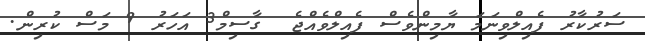
ސަރުކާރު ފެއިލްވިނަމަ ޔާމިންވެސް ފެއިލްވެއްޖެ  ގާސިމް3 އަހަރު 9 މަސް ކުރިން.